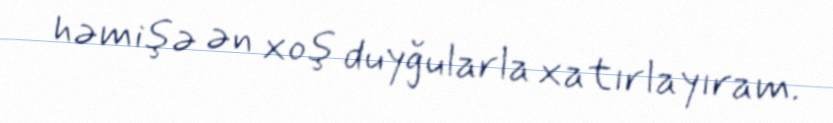
həmişə ən xoş duyğularla xatırlayıram.